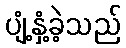
ပျံ့နှံ့ခဲ့သည်